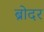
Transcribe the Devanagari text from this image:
ब्रोदर